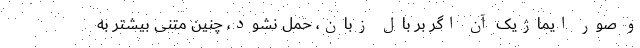
و صوَرِ ایماژیک آن اگر بر بالِ زبان، حمل نشود، چنین متنی بیشتر به